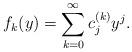
LaTeX: \begin{align*} f_k(y)=\sum_{k=0}^{\infty} c^{(k)}_j y^j.\end{align*}